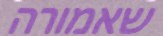
שאמורה